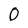
Character: O